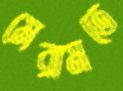
মেরামতে